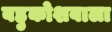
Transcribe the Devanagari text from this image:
बहुकोशवाला